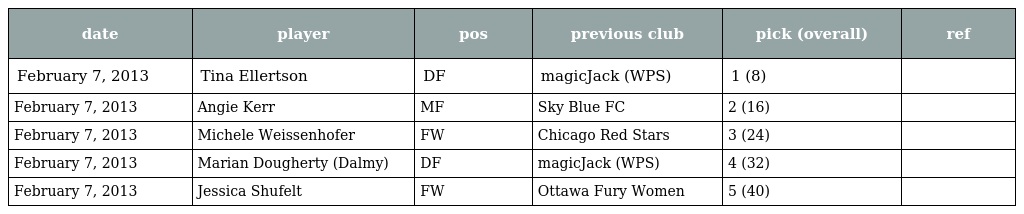
| date | player | pos | previous club | pick (overall) | ref |
 | --- | --- | --- | --- | --- | --- |
 | February 7, 2013 | Tina Ellertson | DF | magicJack (WPS) | 1 (8) |  |
 | February 7, 2013 | Angie Kerr | MF | Sky Blue FC | 2 (16) |  |
 | February 7, 2013 | Michele Weissenhofer | FW | Chicago Red Stars | 3 (24) |  |
 | February 7, 2013 | Marian Dougherty (Dalmy) | DF | magicJack (WPS) | 4 (32) |  |
 | February 7, 2013 | Jessica Shufelt | FW | Ottawa Fury Women | 5 (40) |  |